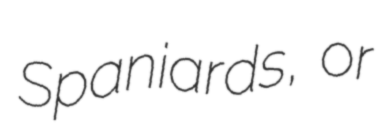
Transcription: Spaniards, or